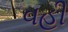
વહી